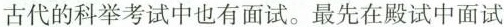
古代的科举考试中也有面试。最先在殿试中面试